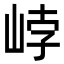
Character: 㟑